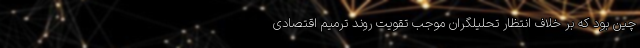
چین بود که بر خلاف انتظار تحلیلگران موجب تقویت روند ترمیم اقتصادی